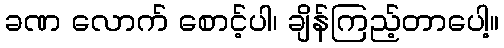
ခဏ လောက် စောင့်ပါ၊ ချိန်ကြည့်တာပေါ့။